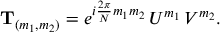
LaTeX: { \bf T } _ { ( m _ { 1 } , m _ { 2 } ) } = e ^ { i { \frac { 2 \pi } { N } } m _ { 1 } m _ { 2 } } \, U ^ { m _ { 1 } } \, V ^ { m _ { 2 } } .